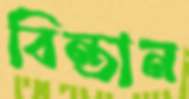
বিন্তান